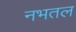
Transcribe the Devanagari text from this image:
नभतल